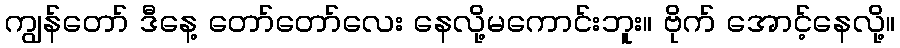
ကျွန်တော် ဒီနေ့ တော်တော်လေး နေလို့မကောင်းဘူး။ ဗိုက် အောင့်နေလို့။